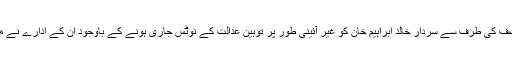
وقت کے برائے نام منصف کی طرف سے سردار خالد ابراہیم خان کو غیر آئینی طور پر توہین عدالت کے نوٹس جاری ہونے کے باوجود اُن کے ادارے نے مصلحتاََ ان کا ساتھ نہ دیا۔